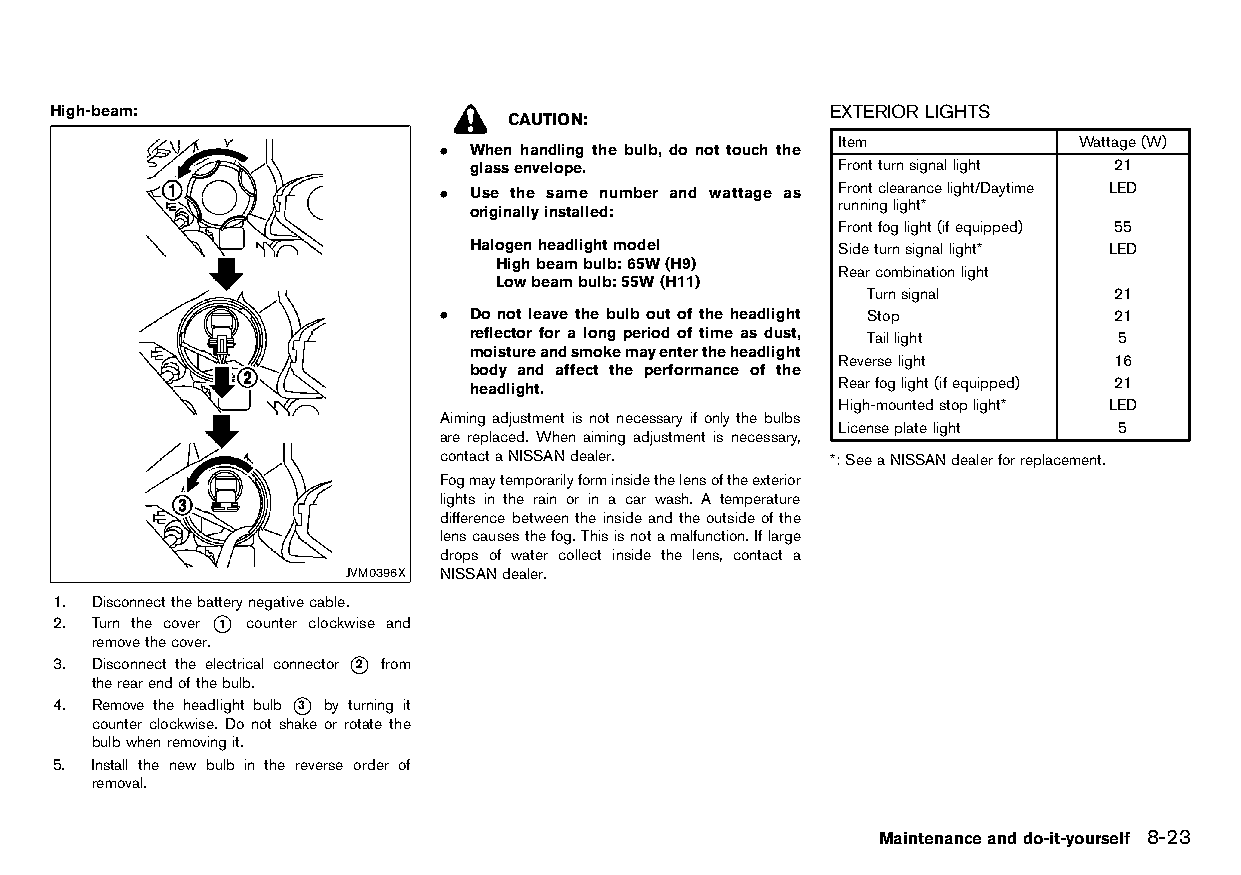
(263,1)
 High-beam:                                          EXTERIOR LIGHTS
 HT32A1-22018305-9BAB-4201-B6FC-C08EB94AEAE0 CAUTION: HT32A1-CDB84EFB-58D1-403B-9E3B-411F1E572715
 Item            Wattage(W)
 . When handling the bulb, do not touch the
 glassenvelope.          Frontturnsignallight 21
 . Use the same number and wattage as Frontclearancelight/Daytime LED
 runninglight*
 originallyinstalled:
 Frontfoglight(ifequipped) 55
 Halogenheadlightmodel   Sideturnsignallight* LED
 Highbeambulb:65W(H9)
 Rearcombinationlight
 Lowbeambulb:55W(H11)
 Turnsignal       21
 . Do not leave the bulb out of the headlight Stop 21
 reflector for a long period of time as dust, Taillight 5
 moistureandsmokemayentertheheadlight
 Reverselight       16
 body and affect the performance of the
 headlight.              Rearfoglight(ifequipped) 21
 High-mountedstoplight* LED
 Aiming adjustment is not necessary if only the bulbs
 Licenseplatelight  5
 are replaced. When aiming adjustment is necessary,
 contactaNISSANdealer.     *:SeeaNISSANdealerforreplacement.
 Fogmaytemporarilyforminsidethelensoftheexterior
 lights in the rain or in a car wash. A temperature
 difference between the inside andthe outside of the
 lenscausesthefog.Thisisnotamalfunction.Iflarge
 drops of water collect inside the lens, contact a
 JVM0396X NISSANdealer.
 1. Disconnectthebatterynegativecable.
 2. Turn the cover *1 counter clockwise and
 removethecover.
 3. Disconnect the electrical connector *2 from
 therearendofthebulb.
 4. Remove the headlight bulb *3 by turning it
 counter clockwise. Do not shake or rotate the
 bulbwhenremovingit.
 5. Install the new bulb in the reverse order of
 removal.
 Maintenanceanddo-it-yourself 8-23
 Condition:                        [Edit:2015/8/24 Model: HT32-A]